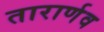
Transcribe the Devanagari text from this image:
तारार्णव